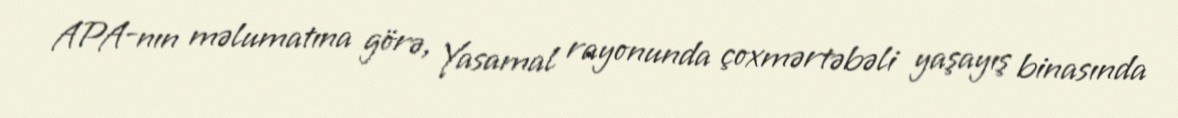
APA-nın məlumatına görə, Yasamal rayonunda çoxmərtəbəli yaşayış binasında